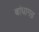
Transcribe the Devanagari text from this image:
बांधागढ़